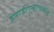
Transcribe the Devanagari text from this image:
हेपाडीएनएवायरस